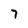
Character: 7